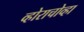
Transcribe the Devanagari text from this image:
व्होराचोव्हा